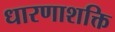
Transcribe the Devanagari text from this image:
धारणाशक्ति